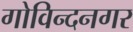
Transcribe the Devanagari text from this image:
गोविन्‍दनगर